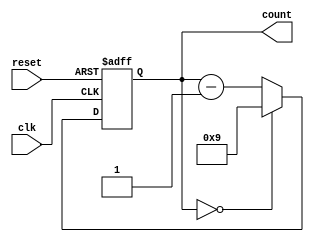
module contador_4bit_desc_lim5 (
  input clk, // Sinal de Clock (borda de subida)
  input reset, // Sinal de Reset
  output reg [3:0] count // Sada de 3 bits
);

  reg [3:0] next_count;

  always @(posedge clk or posedge reset) begin
    if (reset) begin
      // Se o sinal de Reset estiver ativo, resetamos para 5
      count <= 4'b0101;
    end else begin
      // Caso contrrio, decrementamos o contador
      count <= next_count;
    end
  end

  always @* begin
    // Lgica para calcular o prximo valor do contador
    if (count == 4'b0000) begin
      next_count = 4'b1001; // Se o contador chegar a 0, resetamos para 9
    end else begin
      next_count = count - 1; // Caso contrrio, decrementamos
    end
  end

endmodule